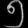
Digit: ၅